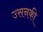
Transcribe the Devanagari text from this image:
उसनकी